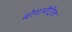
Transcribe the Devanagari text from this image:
बोयामैट्रिक